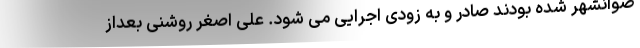
ضوانشهر شده بودند صادر و به زودی اجرایی می شود. علی اصغر روشنی بعداز